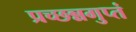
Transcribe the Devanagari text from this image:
प्रच्छन्नगुप्तं